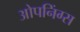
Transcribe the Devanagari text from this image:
ओपनिंग्स